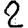
Digit: 2